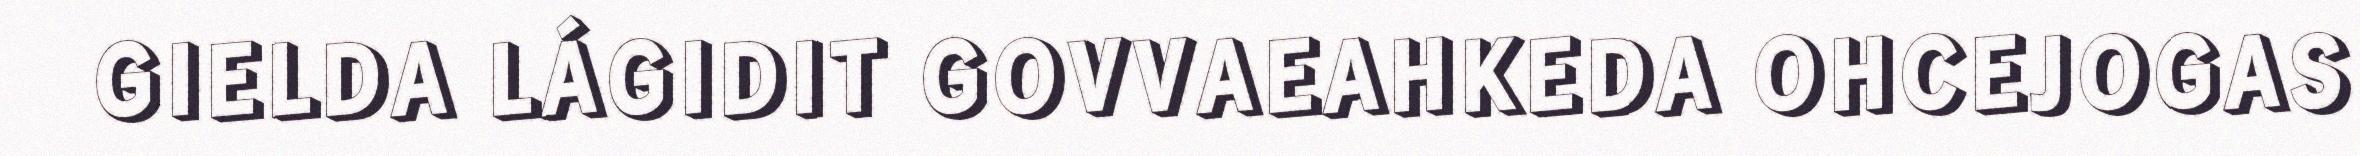
GIELDA LÁGIDIT GOVVAEAHKEDA OHCEJOGAS